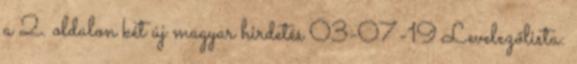
a 2. oldalon két új magyar hirdetés 03-07-19 Levelezőlista: